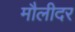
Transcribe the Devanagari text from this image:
मौलीदर